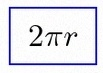
2\pi r